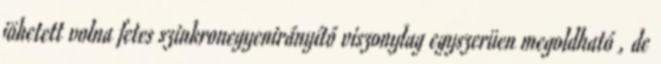
jöhetett volna fetes szinkronegyenirányító viszonylag egyszerüen megoldható , de